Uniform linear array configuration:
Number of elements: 8
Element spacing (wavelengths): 0.5
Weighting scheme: hamming
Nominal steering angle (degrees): -15
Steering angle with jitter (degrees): -14.883
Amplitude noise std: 0.05
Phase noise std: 0.05

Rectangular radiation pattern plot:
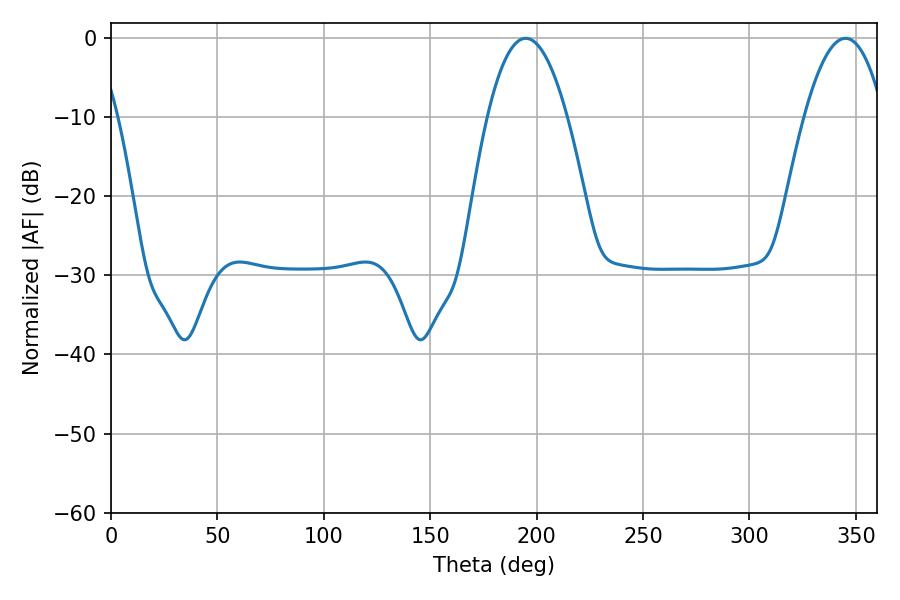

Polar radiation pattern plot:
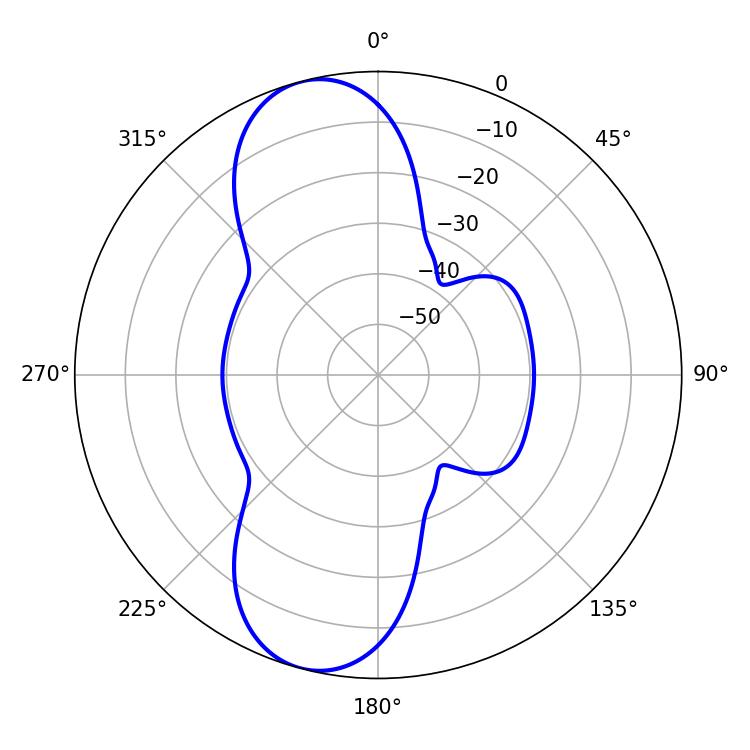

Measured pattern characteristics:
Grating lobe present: FALSE
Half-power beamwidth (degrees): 20.52
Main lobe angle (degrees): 194.94